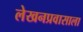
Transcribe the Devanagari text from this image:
लेखनप्रवासाला